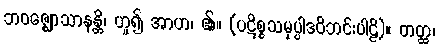
ဘဝဇ္ဈောသာနန္တိ၊ ဟူ၍ အာဟ၊ ၏။ (ပဋိစ္စသမုပ္ပါဒဝိဘင်းပါဠိ)။ တတ္ထ၊